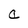
Character: a